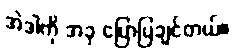
အဲဒါကို အခု ပြောပြချင်တယ်။